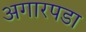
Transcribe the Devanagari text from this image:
अगारपडा